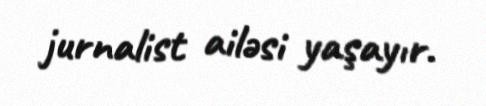
jurnalist ailəsi yaşayır.